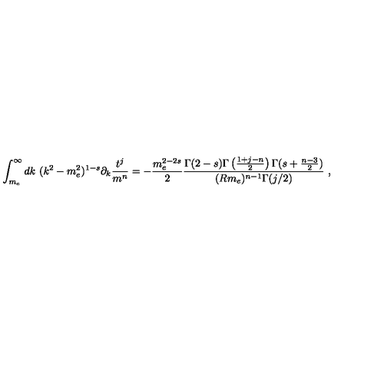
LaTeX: \int _ { m _ { e } } ^ { \infty } d k \ ( k ^ { 2 } - m _ { e } ^ { 2 } ) ^ { 1 - s } \partial _ { k } \frac { t ^ { j } } { m ^ { n } } = - \frac { m _ { e } ^ { 2 - 2 s } } { 2 } \frac { \Gamma ( 2 - s ) \Gamma \left( \frac { 1 + j - n } { 2 } \right) \Gamma ( s + \frac { n - 3 } { 2 } ) } { ( R m _ { e } ) ^ { n - 1 } \Gamma ( j / 2 ) } \ ,